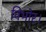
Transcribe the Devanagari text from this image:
विभोर।